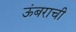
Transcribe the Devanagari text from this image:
ऊंबराची